system: You are a helpful assistant.
user:
Analyze the provided spectrum to determine if it is a **Carbon Star (C-type)**.

- **Key Visual Indicators of Carbon Star:**
    - **(Primary):** Strong molecular absorption from **C₂ (diatomic carbon) "Swan Bands."** This is the **defining feature** of a carbon star.
        - **(Key Bandheads):** Sharp absorption edges are visible at approximately $5635$ Å, $5165$ Å (the strongest band), and $4737$ Å.
        - **(Line Profile):** Creates a distinct **"saw-tooth"** pattern. The key morphology is a sharp, steep bandhead on the **red (long-wavelength) side**, which then gradually tapers off (i.e., flux recovers) towards the **blue (short-wavelength) side**. *(This is the direct opposite of the TiO bands seen in M-type stars)*.

    - **(Secondary):** Intense **CN (cyanogen)** molecular absorption bands.
        - **(Key Bandheads):** Located in the blue and violet regions of the spectrum (e.g., near $4215$ Å and $3883$ Å).
        - **(Morphology):** These bands are extremely broad and act as a "blanket," absorbing the vast majority of blue and violet light. This creates a characteristic **"cliff"** or **"steep drop-off"** in the spectrum's flux at short wavelengths.

    - **(Key Confirmation):** Strong **CH absorption band (G-band)**.
        - **(Key Bandhead):** Located around $4300$ Å. The contribution from CH molecules to this band is exceptionally strong.

    - **(Overall Spectrum):**
        - The continuum is severely "chopped up" by these deep molecular bands, especially C₂, rather than appearing as a smooth curve.
        - Due to the heavy CN and C₂ absorption in the blue-green, the vast majority of the star's flux is concentrated in the red part of the spectrum, giving the star its characteristic deep red color.

Think first, call **spectral_visualization_tool** if needed to examine features in detail, then provide your final answer. Your response must adhere to the following strict rules:
1.  **Overall Structure:** Your response must follow the format `<think>...</think> <tool_call>...</tool_call> (if a tool is used) <answer>...</answer>`.
2.  **Tool Usage Constraint:** You may only make **one** tool call per turn.
3.  **Final Answer Format:** In the `<answer>` tag, your conclusion must be inside a `\boxed{}` command (e.g., `\boxed{YES}`), followed by your justification.

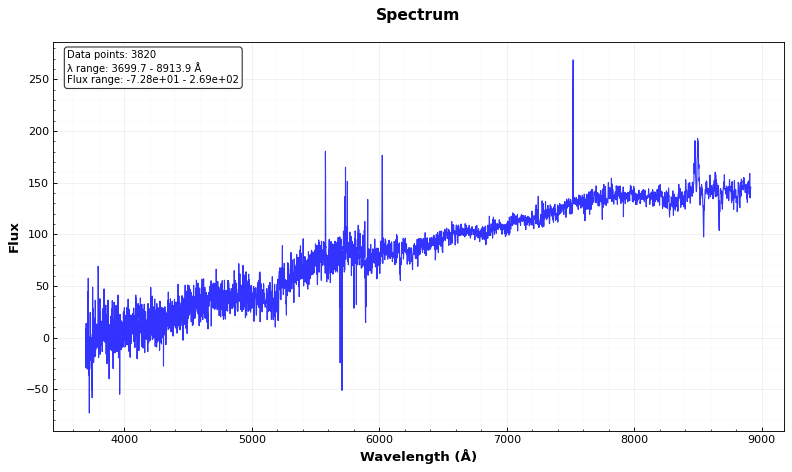
Answer: NO